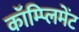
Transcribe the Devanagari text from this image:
कॉम्प्लिमेंट